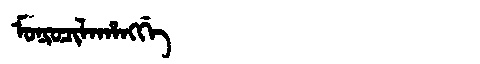
Manchu: ᠮᠣᠨᡳᠣᠴᡳᠯᠠᡥᠠᠩᡤᡝ
Romanization: MONIOCILAHANGGE